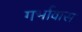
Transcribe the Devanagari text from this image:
गर्भावास